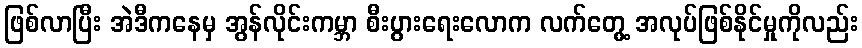
ဖြစ်လာပြီး အဲဒီကနေမှ အွန်လိုင်းကမ္ဘာ စီးပွားရေးလောက လက်တွေ့ အလုပ်ဖြစ်နိုင်မှုကိုလည်း